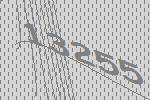
13255